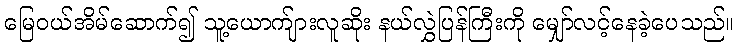
မြေဝယ်အိမ်ဆောက်၍ သူ့ယောက်ျားလူဆိုး နယ်လွှဲပြန်ကြီးကို မျှော်လင့်နေခဲ့ပေသည်။